Report on horse surra - Volume II, Part II
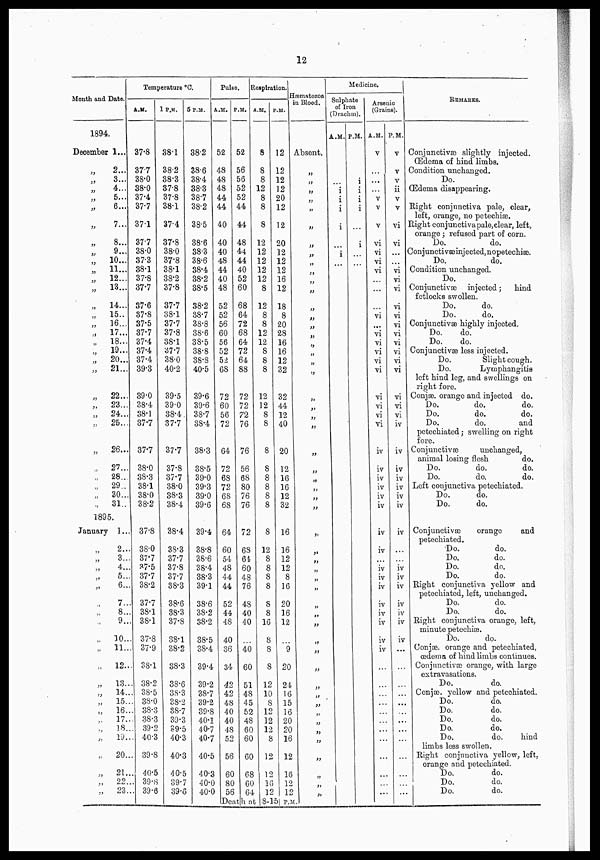
12
Month and Date. -
1894.
December
"
"
"
"
"
"
"
"
"
"
"
"
"
"
"
"
"
"
"
"
"
"
"
"
"
"
"
"
"
1...
2...
3...
4...
5...
6...
7...
8...
9...
10...
11...
12...
13...
14...
15..
16...
17...
18...
19...
20...
21...
22...
23...
24...
25...
26...
27...
28...
29..
30...
31..
1895.
January 1...
"
"
"
"
"
"
"
"
"
"
"
"
"
"
"
"
"
"
"
"
"
"
2..
3..
4..
5..
6..
7..
8..
9..
10..
11..
12..
13.
14.
15.
16.
17.
18.
19.
20.
21.
22
23.
Temperature °C.
A.M.
37.8
377
38.0
38.0
37.4
37.7
37.1
37.7
38.0
37.3
38.1
37.8
37.7
37.6
37.8
37.5
37.7
37.4
37.4
37.4
39.3
39.0
38.4
38.1
37.7
37.7
38.0
38.3
38.1
38.0
38.2
37.8
38.0
37.7
37.5
37.7
38.2
37.7
38.1
38.1
37.8
37.9
38.1
38.2
38.5
38.0
38.3
38.3
39.2
40.3
39.8
40.5
39.8
39.6
1 P.M.
38.1
38.2
38.3
37.8
37.8
38.1
37.4
37.8
38.0
37.8
38.1
38.2
37.8
37.7
38.1
37.7
37.8
38.1
37.7
38.0
40.2
39.5
39.0
38.4.
37.7
37.7
37.8
37.7
38.0
38.3
38.4
38.4
38.3
37.7
37.8
37.7
38.3
38.6
38.3
37.8
38.1
38.2
38.3
38.6
38.3
38.2
38.7
39.3
39.5
40.3
40.3
40.5
39.7
39.6
5 P.M.
38.2
38.6
38.4
38.3
38.7
38.2
38.5
38.6
38.3
38.6
38.4
38.2
38.5
38.2
38.7
38.8
38.6
38.5
38.8
38.8
40.5
39.6
39.6
38.7
38.4
38.3
38.5
39.0
39.3
39.0
39.6
39.4
38.8
38.6
38.4
38.3
39.1
38.6
38.2
38.2
38.5
38.4
39.4
39.2
38.7
39.2
39.8
40.1
40.7
40.7
40.5
40.3
40.0
40.0
Pulse.
A.M.
52
48
48
48
44
44
40
40
40
48
44
40
48
52
52
56
60
56
52
52
68
72
60
56
72
64
72
68
72
68
68
64
60
54
48
44
44
52
44
48
40
36
34
42
42
48
40
40
48
52
56
60
80
56
P.M.
52
56
56
52
52
44
44
48
44
44
40
52
60
68
64
72
68
64
72
64
88
72
72
72
76
76
56
68
80
76
76
72
68
61
60
48
76
48
40
40
40
60
51
48
45
52
48
60
60
60
68
60
64
Respiration.
A.M.
8
8
8
12
8
8
8
12
12
12
12
12
8
12
8
8
12
12
8
8
8
12
12
8
8
8
8
8
8
8
8
8
12
8
8
8
8
8
8
16
8
8
8
12
10
8
12
12
12
8
12
12
16
12
P.M.
12
12
12
12
20
12
12
20
12
12
12
16
12
18
8
20
28
16
16
12
32
32
44
12
40
20
12
16
16
12
32
16
16
12
12
8
16
20
16
12
9
20
24
16
15
16
20
20
16
12
16
12
12
Hæmatozoa
in Blood.
Absent.
"
"
"
"
"
"
"
"
"
"
"
"
"
"
"
"
"
"
"
"
"
"
"
"
"
"
"
"
"
"
"
"
"
"
"
"
"
"
"
"
"
"
"
"
"
"
"
"
"
"
"
"
"
"
"
Death at 8-15 P.M.
Medicine.
Sulphate
of Iron
(Drachm).
A.M.
...
...
i
i
i
i
...
i
...
...
...
...
...
...
...
...
...
...
...
...
...
...
...
...
...
...
...
...
...
...
...
...
...
...
...
...
...
...
...
...
...
...
...
...
...
....
...
...
...
...
....
...
...
...
..
P.M.
...
i
i
i
i
...
i
...
...
...
...
...
...
...
...
...
...
...
...
...
...
...
...
...
...
...
...
...
...
...
...
...
...
...
...
...
...
...
...
...
...
...
...
...
...
...
...
...
...
...
...
...
...
...
...
Arsenic
(Grains).
A.M.
v
...
...
...
v
v
v
vi
vi
vi
vi
...
...
...
vi
...
vi
vi
vi
vi
vi
vi
vi
vi
vi
iv
iv
iv
iv
iv
iv
iv
iv
...
iv
iv
iv
iv
iv
iv
iv
iv
...
...
...
...
...
...
...
...
...
...
...
...
P.M.
v
v
v
ii
v
v
vi
vi
...
...
vi
vi
vi
vi
vi
vi
vi
vi
vi
vi
vi
vi
vi
vi
iv
iv
iv
iv
iv
iv
iv
iv
...
...
iv
iv
iv
iv
iv
iv
iv
...
...
...
..
...
...
...
...
...
...
...
...
..
REMARKS.
Conjunctivae slightly injected.
Œdema of hind limbs.
Condition unchanged.
Do.
Œdema disappearing.
Eight conjunctiva pale, clear,
left, orange, no petechiæ.
Right conjunctiva pale, clear, left,
orange; refused part of corn.
Do.
do.
Conjunctivæinjected,nopetechiæ.
Do.
do.
Condition unchanged.
Do.
Conjunctivæ injected;
hind
fetlocks swollen.
Do.
do.
Do.
do.
Conjunctivas highly injected.
Do.
do.
Do.
do.
Conjunctivae less injected.
Do.
Slight cough.
Do.
Lymphangitis
left hind leg, and swellings on
right fore.
Conjæ. orange and injected do.
Do.
do.
do.
Do.
do.
do.
Do.
do.
and
petechiated; swelling on right
fore
Conjunctivae
unchanged,
animal losing flesh
do.
Do.
do.
do.
Do.
do.
do.
Left conjunctiva petechiated.
Do.
do.
Do.
do.
Conjunctivae
orange
and
petechiated.
Do.
do.
Do.
do.
Do.
do.
Do.
do.
Right conjunctiva yellow and
petechiated, left, unchanged.
Do.
do.
Do.
do.
Right conjunctiva orange, left,
minute petechiæ.
Do.
do.
Conjæ. orange and petechiated,
œdema of hind limbs continues.
Conjunctiva) orange, with large
extravasations.
Do.
do.
Conjæ. yellow and petechiated.
Do.
do.
Do.
do.
Do.
do.
Do.
do.
Do.
do.
hind
limbs less swollen.
Right conjunctiva yellow, left,
orange and petechiated.
Do.
do.
Do.
do.
Do.
do.